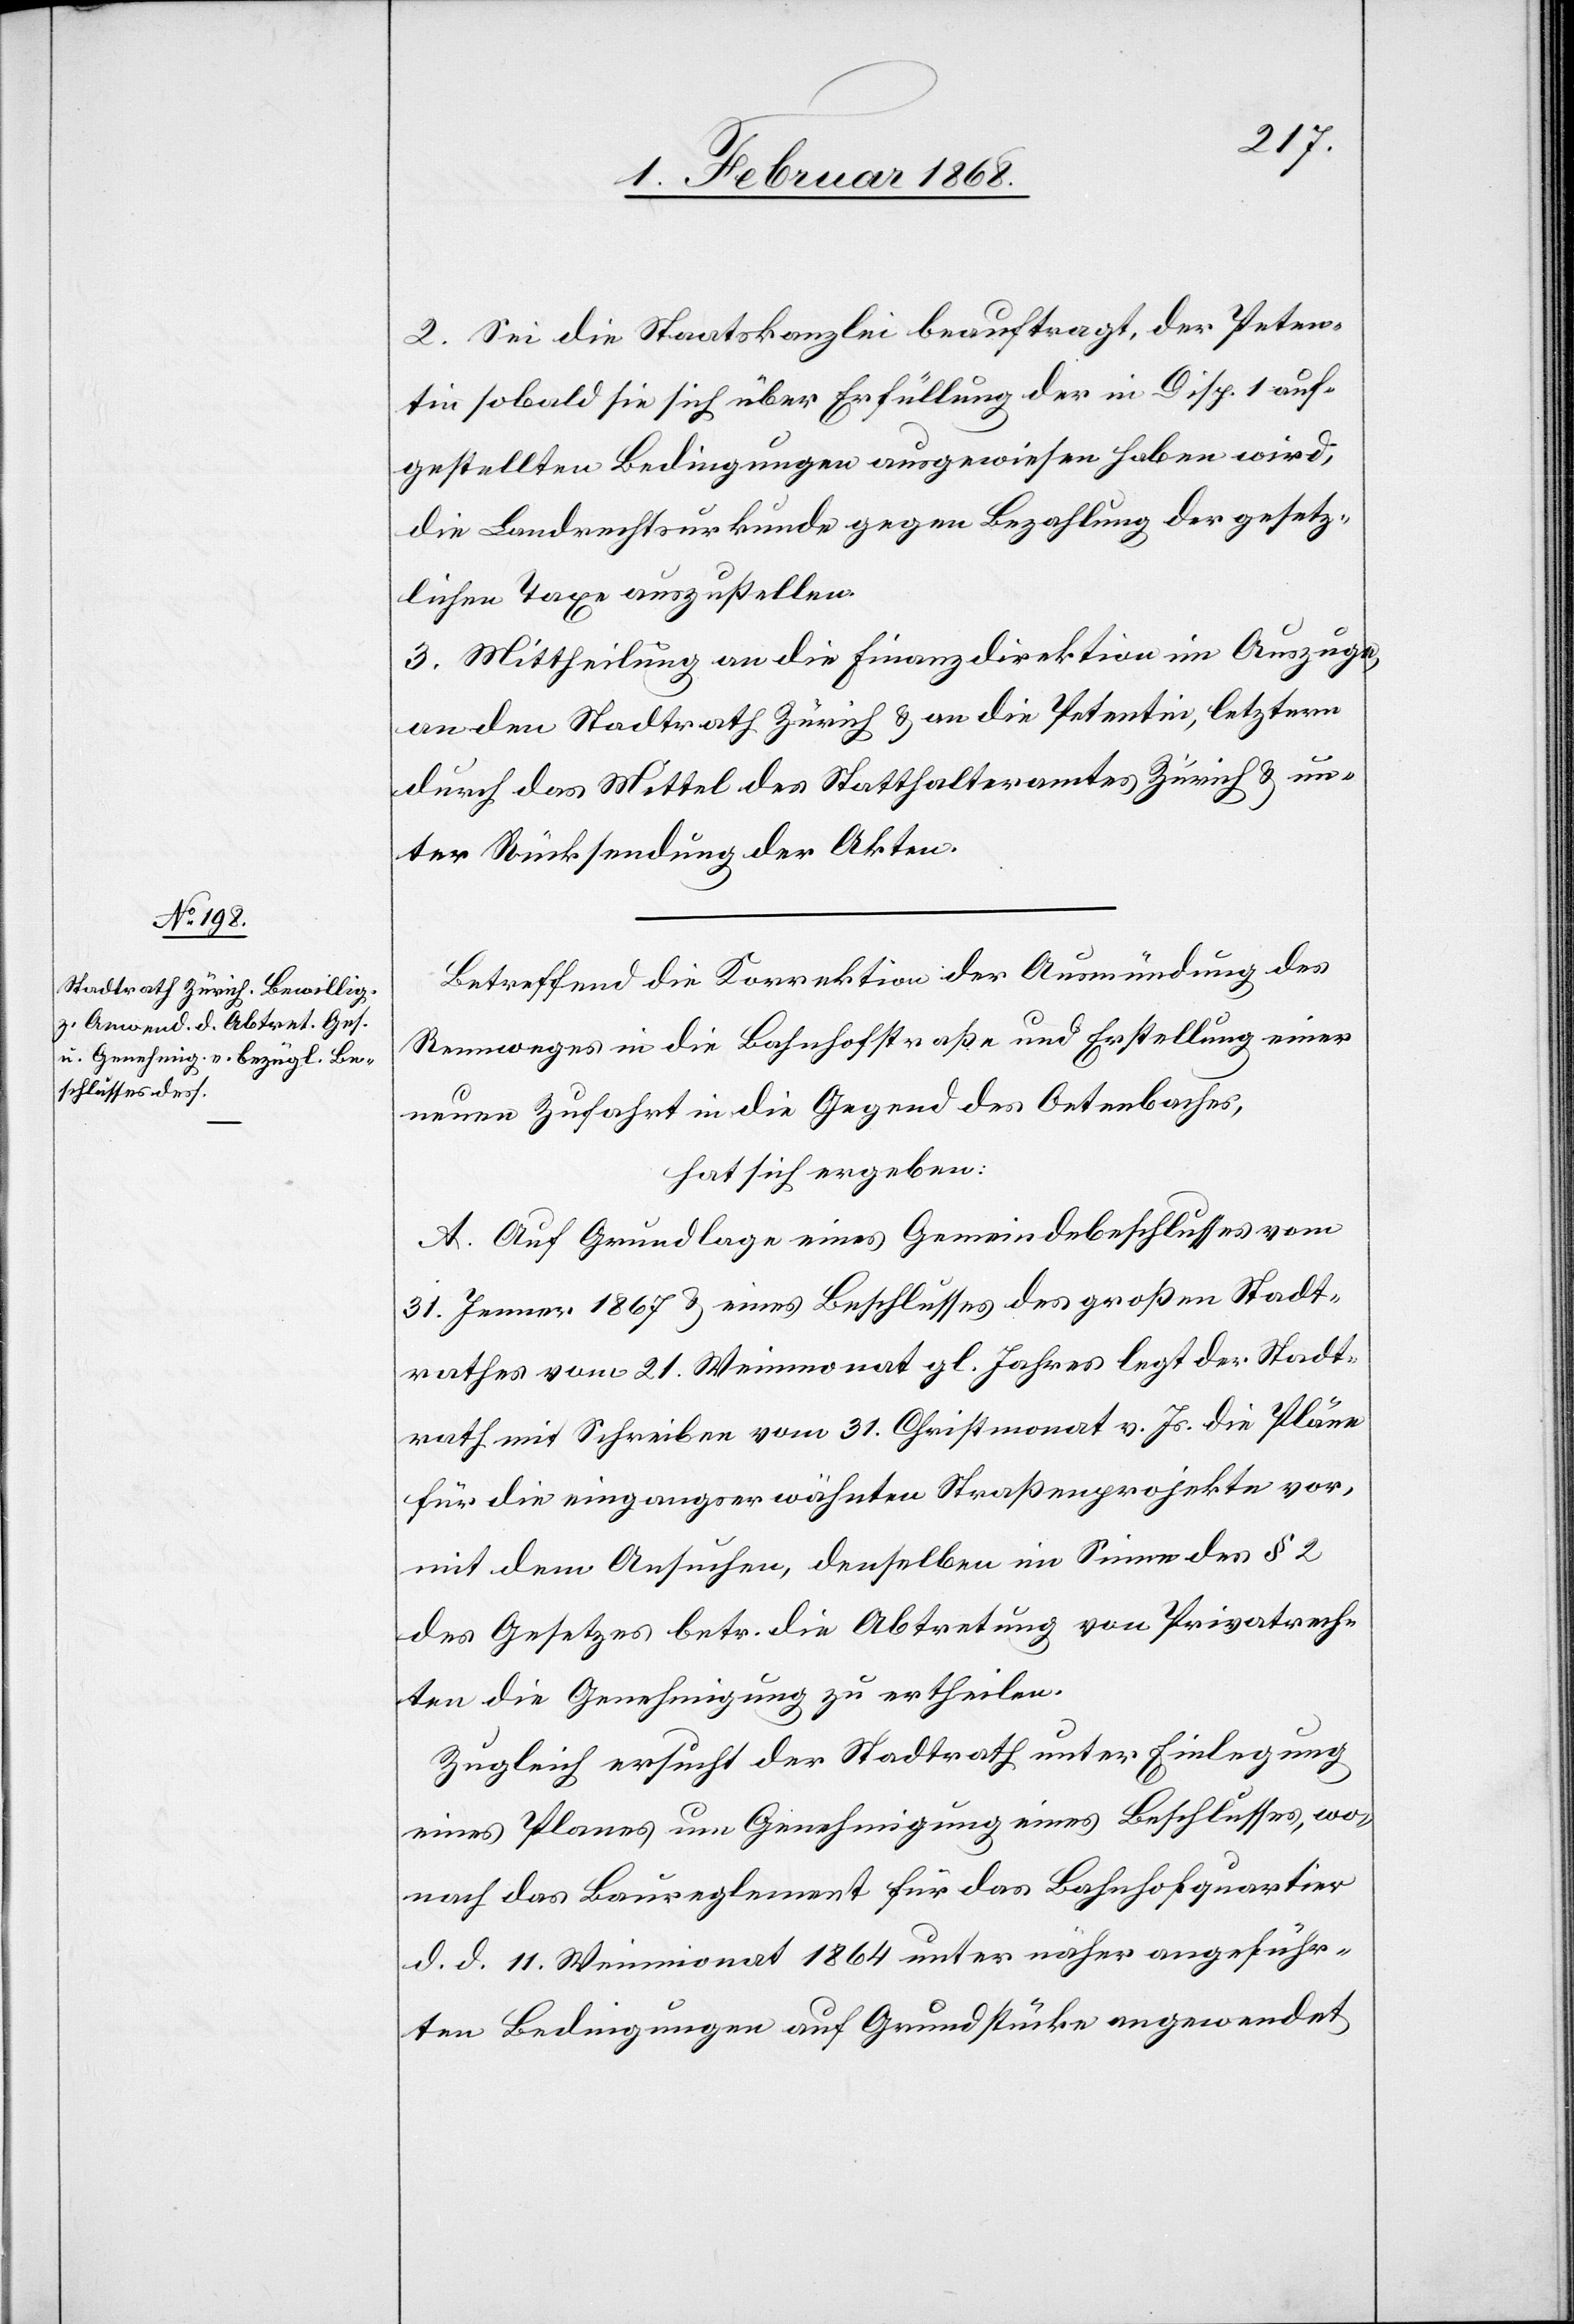
2. Sei die Staatskanzlei beauftragt, der Peten¬
tin sobald sie sich über Erfüllung der in Disp. 1 auf¬
gestellten Bedingungen ausgewiesen haben wird,
die Landrechtsurkunde gegen Bezahlung der gesetz¬
lichen Taxe auszustellen.
3. Mittheilung an die Finanzdirektion im Auszuge,
an den Stadtrath Zürich & an die Petentin, letztern
durch das Mittel des Statthalteramtes Zürich & un¬
ter Rücksendung der Akten.
Betreffend die Korrektion der Ausmündung des
Rennweges in die Bahnhofstraße und Erstellung einer
neuen Zufahrt in die Gegend des Oetenbaches,
hat sich ergeben:
A. Auf Grundlage eines Gemeindebeschlusses vom
31. Jenner 1867 & eines Beschlusses des großen Stadt¬
rathes vom 21. Weinmonat gl. Jahres legt der Stadt¬
rath mit Schreiben vom 31. Christmonat v. Js. die Pläne
für die eingangserwähnten Straßenprojekte vor,
mit dem Ansuchen, denselben im Sinne des § 2
des Gesetzes betr. die Abtretung von Privatrech¬
ten die Genehmigung zu ertheilen.
Zugleich ersucht der Stadtrath unter Einlegung
eines Planes um Genehmigung eines Beschlusses, wo¬
nach das Baureglement für das Bahnhofquartier
d. d. 11. Weinmonat 1864 unter näher angeführ¬
ten Bedingungen auf Grundstücke angewendet